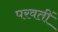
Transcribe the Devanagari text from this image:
परवतीं